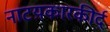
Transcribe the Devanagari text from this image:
नाटय़कारकीर्द